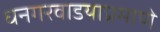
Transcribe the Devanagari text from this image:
धनगरवाडयाप्रमाणे